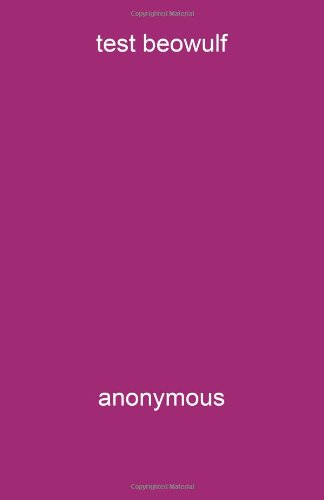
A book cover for Optional Proof Test; S S; Crafts, Hobbies & Home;